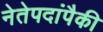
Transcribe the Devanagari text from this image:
नेतेपदांपैकी